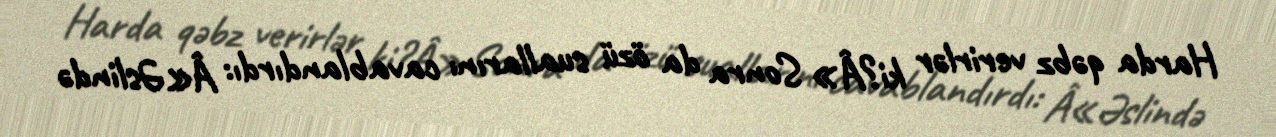
Harda qəbz verirlər ki?Â» Sonra da özü suallarını cavablandırdı: Â«Əslində